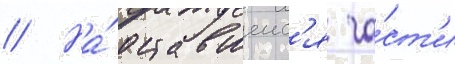
// На́ оставшеис'я ча́ст'и